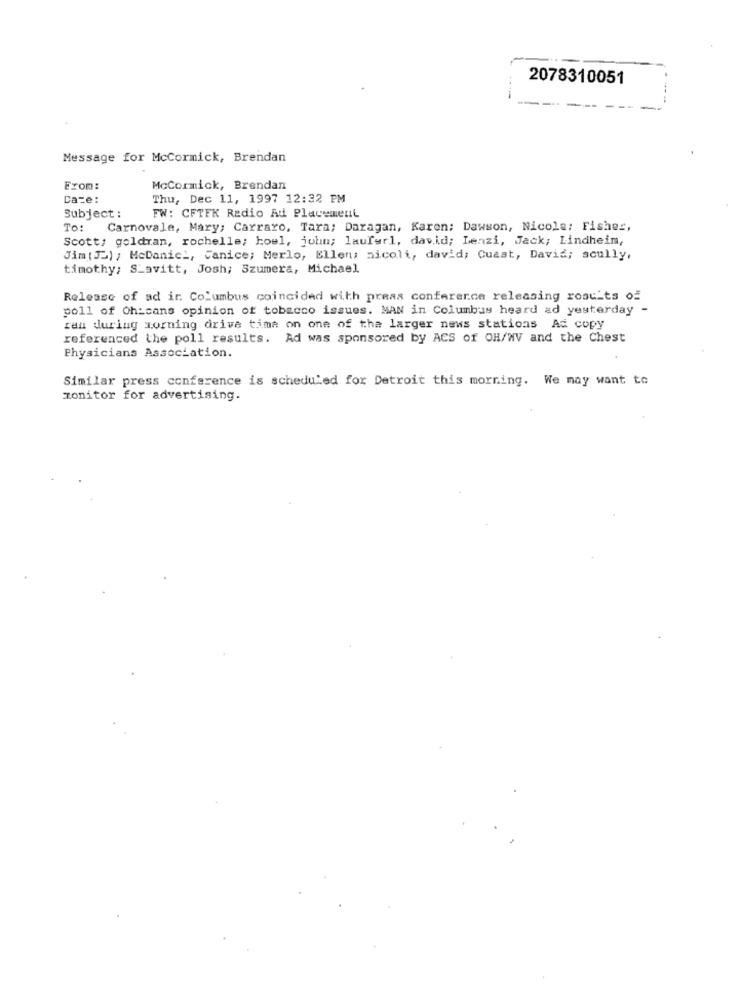
2078310051
Message for McCormick, Brendan
From:
McCormick, Brendan
Date:
Thu, Dec 11, 1997 12:32 PM
Subject :
FW: CFTFK Radio Ad Placement
To: Carnovale, Mary; Carraro, Tara; Daragan, Karen; Dawson, Nicola: Fishes,
Scott: goldran, rochelle; howl, john; lauferl, david; Lenzi, Jack; Lindheim,
Jim( J) ; McDaniel, Janice; Merlo, Ellen; aicoli, david; Cuast, David; scully,
timothy; S_avitt, Josh; Szumera, Michael
Release of ad ir Columbus coincided with press conference releasing rost'ts of
poll of Oh:cans opinion of tobacco issues. MAN in Columbus heard ad yesterday -
ran during morning drive time on one of the larger news stations Ad copy
referenced the poll results. Ad was sponsored by ACS of OH/WV and the Chest
Physicians Association.
Similar press conference is scheduled for Detroit this morning. We may want to
monitor for advertising.